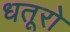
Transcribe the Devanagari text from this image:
धतूरो